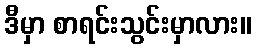
ဒီမှာ စာရင်းသွင်းမှာလား။